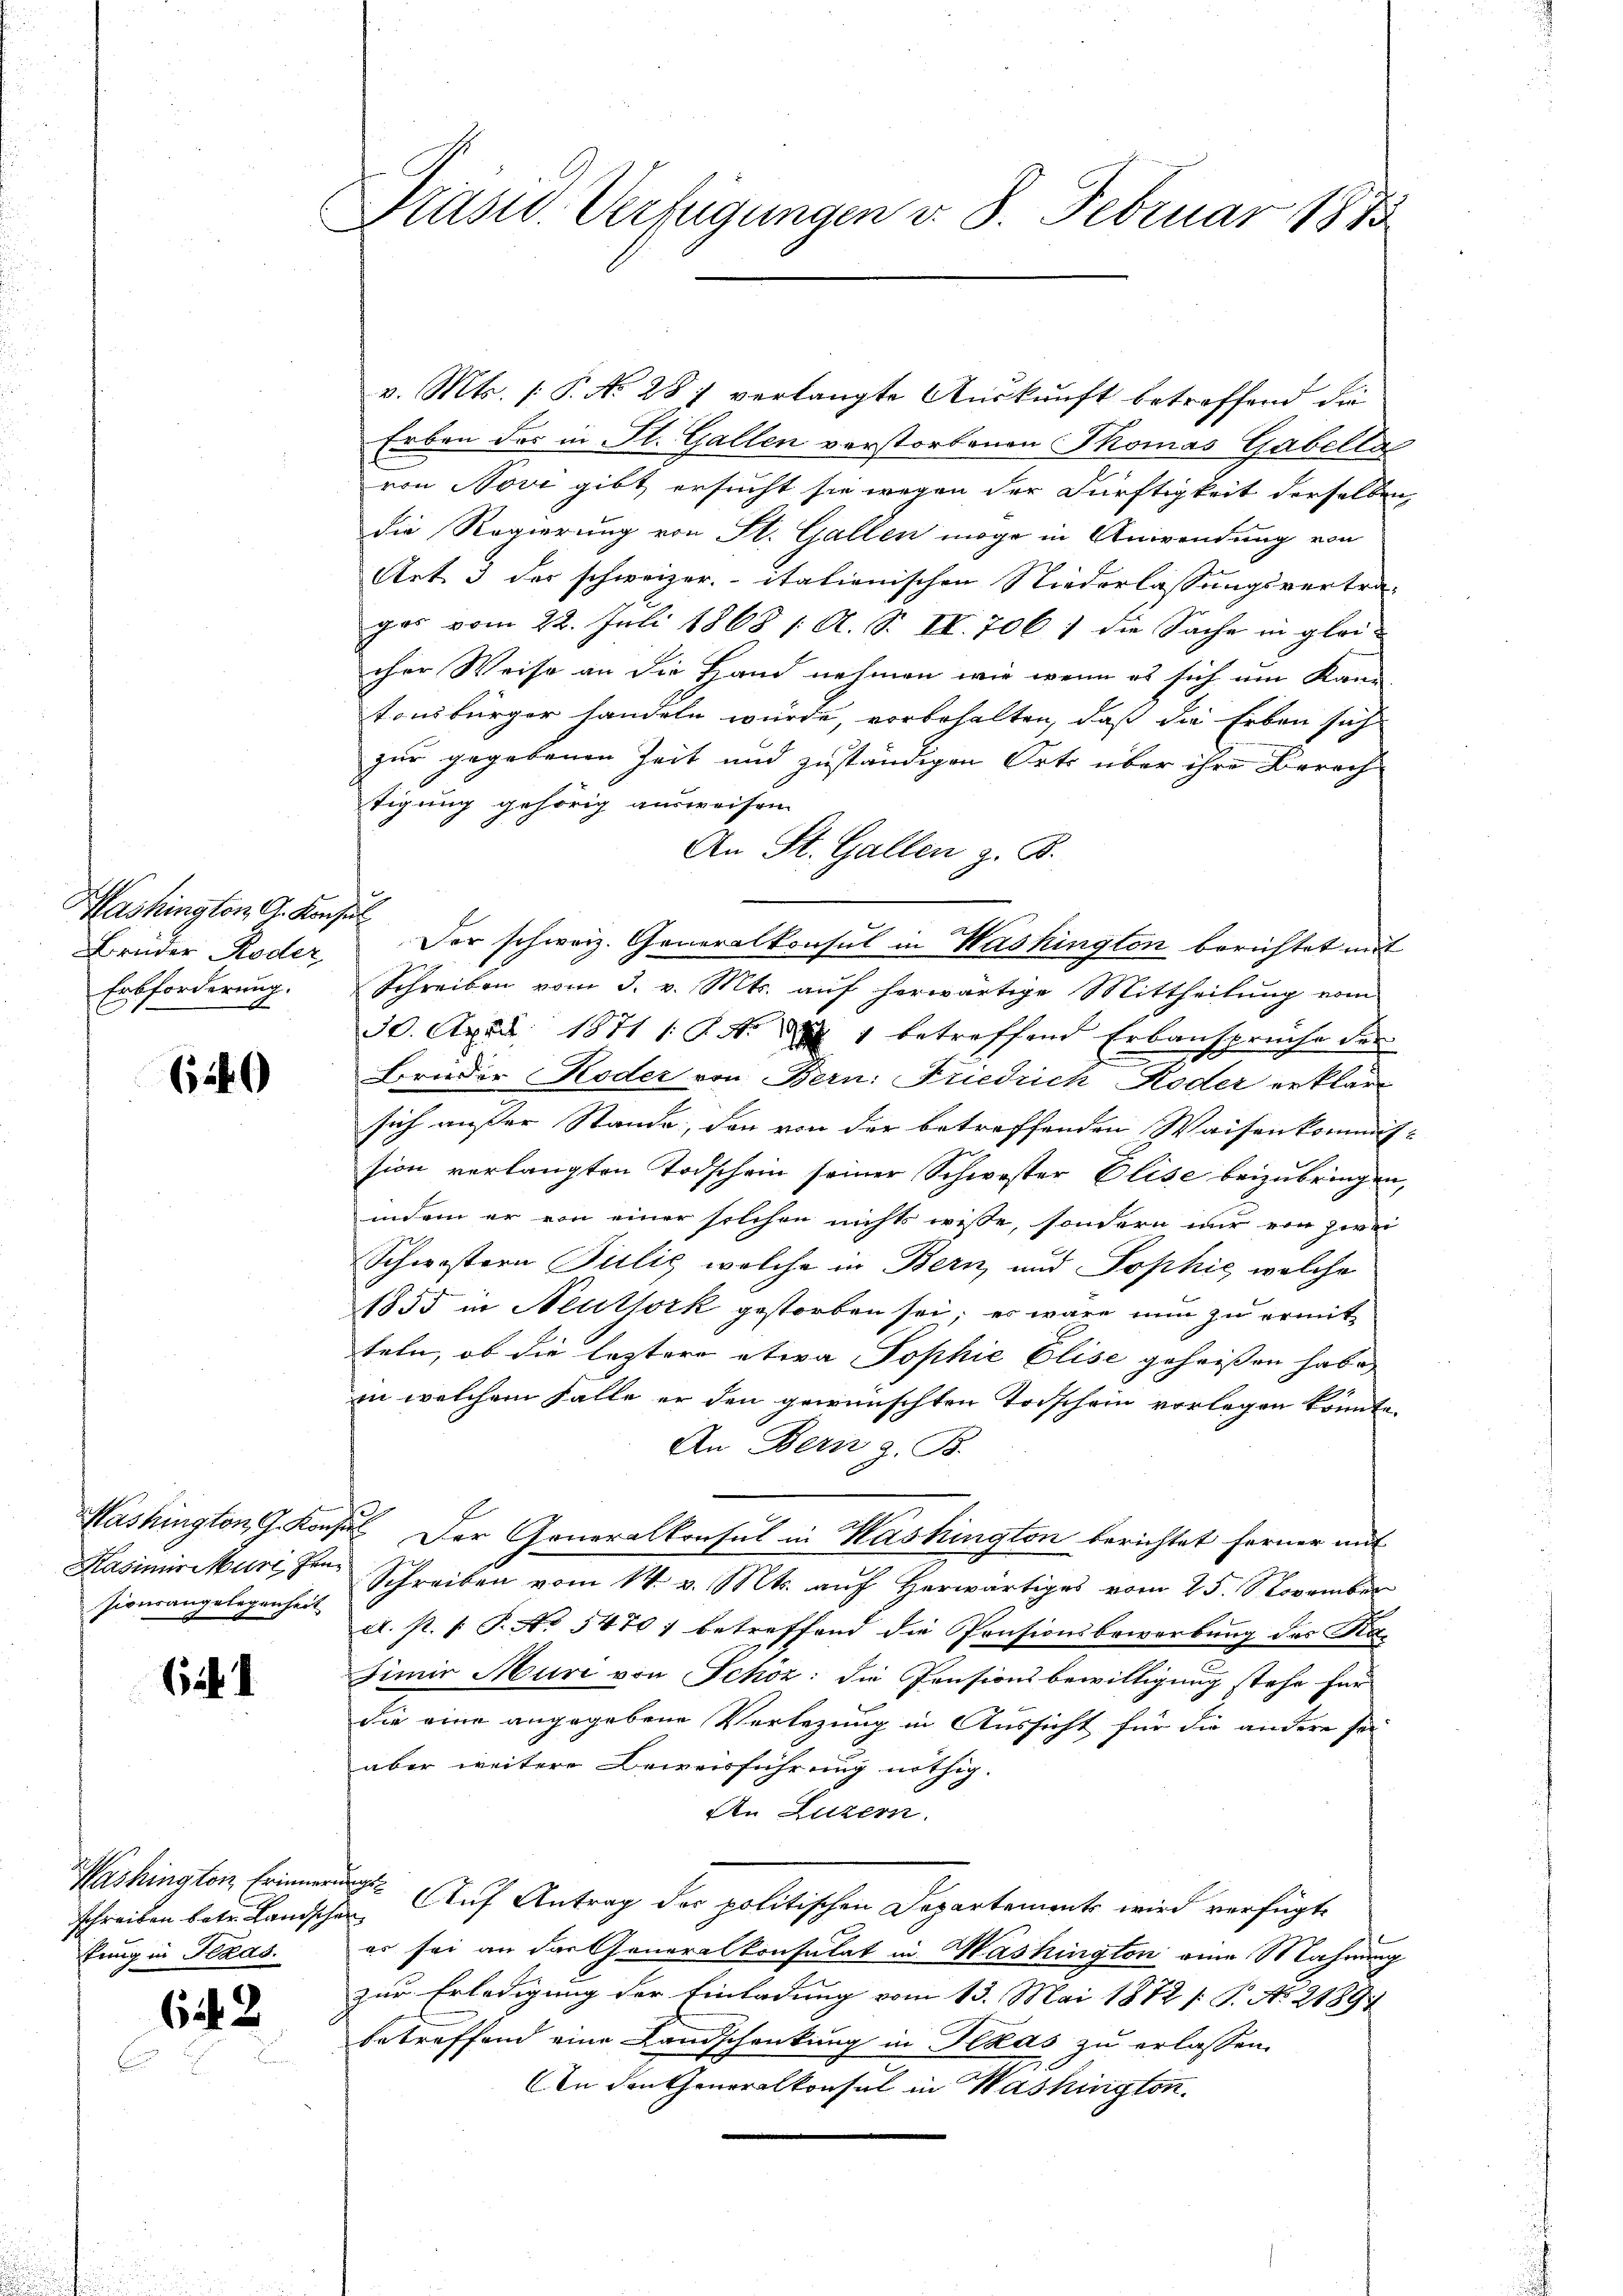
ashington A. Konse
Bruder Roder
Erbforderung.

(149

ashington G. Konsi
Kasimir kurz gen
sionsangelegenheit

(i 1

Washington Erinnern
schreiben betr. Landscha
trug in Plaas.

612

Präsid. Verfügungen v. 8. Februar 1873

v. Mts. (: P. No. 287 verlangte Auskunft betreffend die
Erben das in St. Gallen verstorbenen Thomas Gabella
von Nore gibt ersucht sie wegen der Dürftigkeit derselben,
die Regierung von St. Gallen möge in Anwendung von
Art. 3 der schweizer. italienischen Niederlassungsvertra-
gas vom 22. Juli 1868 1. A. S. II. 706 1 die Sache in glei-
cher Weise an die Hand nehmen wie wenn es sich am Kann
tonsbürger handeln würde, vorbehalten, daß die Erben sah
zur gegebenen Zeit und zuständigen Orts über ihre Berech
tigung gehörig ausweisen.
An St. Gallen z. B.
Der schweiz. Generalkonsul in Washington berichtet mit
Schreiben vom 3. v. Mts. aŭf herwärtige Mittheilŭng vom
30. April 1871 /: P. Nr. 1 betreffend Erbansprüche der
.
Bruder Koder von Bern: Friedrich Roder erklärt
sich außer Stande, den von der betreffenden Waisenkommission verlangten Todschein seiner Schwester Elise beizubringen,
indem er von einer solchen nichts wisse, sondern nur von zwei
Schwestern Bulig, welche in Bern, und Sophie, welche
1855 in Neutfork gestorben sei; es wäre nun zu ermitteln, ob die leztere etwa Pophie Elise geheißen habe,
in welchem Falle er den gewünschten Todschein vorlegen könnte.
An Bern z. B.
 Der Generalkonsul in Washington berichtet ferner mit
Schreiben vom 14. v. Mts. auf herwärtiges vom 25. November
a. p. s. S. No 5470) betreffend die Pensionsbewerbung des Rasimir Muri von Schoz: die Pensionsbewilligung stehe für
die eine angegebene Verlegung in Aussicht für die andere sei
aber weitere Beweisführung nöthig.
An Luzern.
5. Auf Antrag der politischen Departements wird verfügte
e
es sei an der Generalkonsulat in Washington eine Mahnung
zur Erledigung der Einladung vom 13. Mai 1872 s. S. No 21891
betreffend eine Landschenkung in Pekas zu erlassen.
An den Generalkonsul in Washington